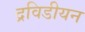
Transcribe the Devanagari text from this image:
द्रविडीयन